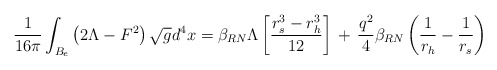
\begin{align*}\frac{1}{16\pi} \int_{B_{e}} \left(2\Lambda - F^{2}\right) \sqrt{g} d^{4}x = \beta_{RN}\Lambda \left[ \frac{r_{s}^{3} - r_{h}^{3}}{12}\right] \,+\, \frac{q^{2}}{4}\beta_{RN} \left( \frac{1}{r_{h}} - \frac{1}{r_{s}} \right)\end{align*}